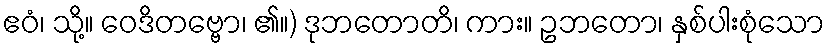
ဧဝံ၊ သို့။ ဝေဒိတဗ္ဗော၊ ၏။) ဒုဘတောတိ၊ ကား။ ဥဘတော၊ နှစ်ပါးစုံသော